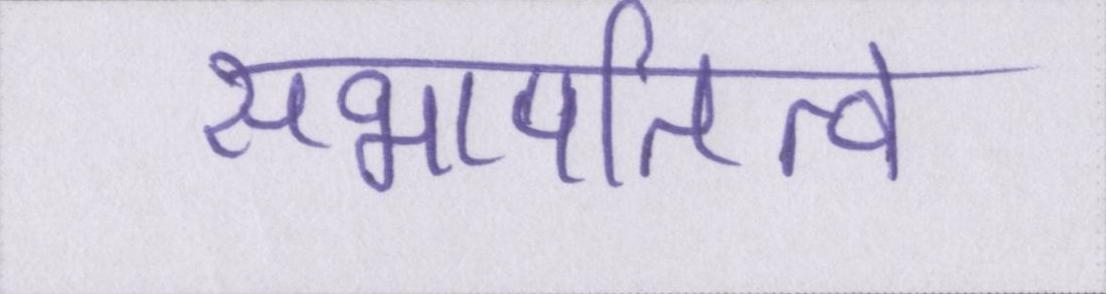
सभापतित्व